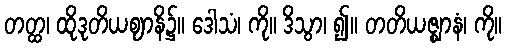
တတ္ထ၊ ထိုဒုတိယဈာနိ၌။ ဒေါသံ၊ ကို။ ဒိသွာ၊ ၍။ တတိယဇ္ဈာနံ၊ ကို။